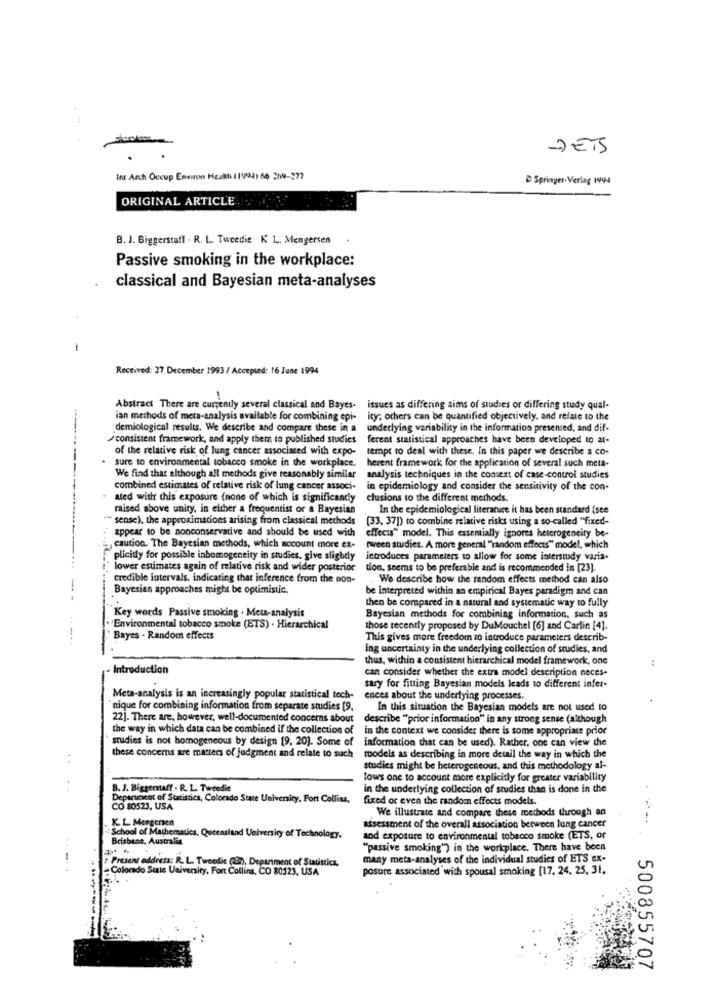
7ETS
Int Arch Occup Environ Health (1994) 66 31-277
D Springer-Verlag 1994
ORIGINAL ARTICLE
B. J. Biggerstaff . R. L. Tweedie K L. Mengersen
Passive smoking in the workplace:
classical and Bayesian meta-analyses
-
Received: 27 December 1993 / Accepted: 16 June 1994
Abstract There are currently several classical and Bayes-
issues as differing sims of studies or differing study qual-
ian methods of meta-analysis available for combining epi-
ity; others can be quantified objectively, and relate to the
demiological results. We describe and compare these in a
underlying variability in the information presented, and dif-
consistent framework, and apply them to published studies
ferent statistical approaches have been developed to ar-
of the relative risk of lung cancer associated with expo-
tempt to deal with these, In this paper we describe a co-
sure to environmental tobacco smoke in the workplace.
herent framework for the application of several such meta-
We find that although all methods give reasonably similar
analysis techniques in the context of case-control studies
combined estimates of relative risk of lung cancer associ-
in epidemiology and consider the sensitivity of the con-
ated with this exposure (none of which is significantly
clusions to the different methods.
raised above unity, in either a frequentist or a Bayesian
In the epidemiological literature it has been standard (see
"" sense), the approximations arising from classical methods
(33, 37]) to combine relative risks using a so-called "fixed-
appear to be nonconservative and should be used with
effects" model. This essemially ignores heterogeneity be-
caution. The Bayesian methods, which account more ex-
rween studies. A more general "random effects" model, which
plicity for possible inhomogeneity in studies. give slightly
introduces parameters to allow for some interstudy varia-
lower estimates again of relative risk and wider posterior
tion, seems to be preferable and is recommended in [23].
Credible intervals, indicating that inference from the non-
We describe how the random effects method can also
Bayesian approaches might be optimistic.
be Interpreted within an empirical Bayes paradigm and can
then be compared in a natural and systematic way to fully
Key words Passive smoking . Meta-analysis
Bayesian methods for combining information, such as
.Environmental tobacco smoke (ETS) . Hierarchical
those recently proposed by DuMouchel [6] and Carlin [4].
Bayes . Random effects
This gives more freedom to introduce parameters describ-
ing uncertainty in the underlying collection of studies, and
thus, wichin a consistent hierarchical model framework, one
Introduction
can consider whether the extra model description neces.
sary for fitting Bayesian models leads to different infer-
Meta-analysis is an increasingly popular statistical tech-
ences about the underlying processes.
"nique for combining information from separate studies [9.
In this situation the Bayesian models are not used to
22]. There are, however, well-documented concerns about
describe "prior information" in any strong sense (although
the way in which data can be combined if the collection of
in the context we consider there is some appropriate prior
studies is not homogeneous by design [9, 20]. Some of
information that can be used). Rather, one can view the
. .
these concerns are matters of judgment and relate to such
models as describing in more detail the way in which the
studies might be heterogeneous, and this methodology al-
lows one to account more explicitly for greater variability
B. J. Biggerstaff . R. L. Tweedie
in the underlying collection of studies than is done in the
Department of Statistics, Colorado State University, Fort Collins,
fixed or even the random effects models.
CO 80523, USA
K. L. Mengenen
We illustrate and compare these methods through an
School of Mathematics, Queensland University of Technology.
assessment of the overall association between lung cancer
Brisbane, Australia
and exposure to environmental tobacco smoke (ETS, or
"passive smoking") in the workplace. There have been
many meta-analyses of the individual studies of ETS ex-
Present address: R. L. Tweedie (87), Department of Statistics,
Colorado State University, Fort Collins, CO 80523, USA
posure associated with spousal smoking [17. 24. 25. 31.
500855707